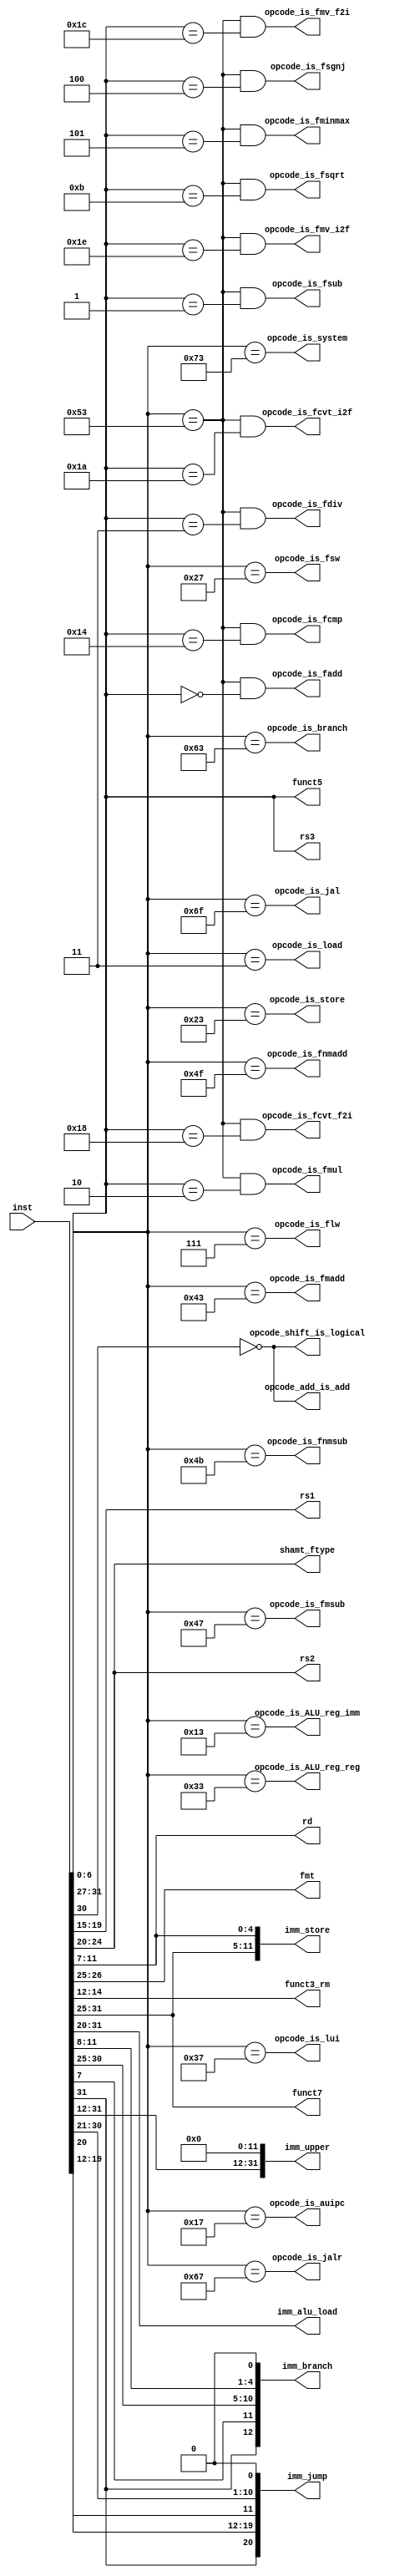
module RISCVDecode
    #(parameter INSN_WIDTH=32) 
(
    input wire [INSN_WIDTH-1:0] inst,

    output wire opcode_is_branch,
    output wire opcode_is_ALU_reg_imm,
    output wire opcode_add_is_add,
    output wire opcode_shift_is_logical,
    output wire opcode_is_ALU_reg_reg,
    output wire opcode_is_jal,
    output wire opcode_is_jalr,
    output wire opcode_is_lui,
    output wire opcode_is_auipc,
    output wire opcode_is_load,
    output wire opcode_is_store,
    output wire opcode_is_system,
    output wire opcode_is_fadd,
    output wire opcode_is_fsub,
    output wire opcode_is_fmul,
    output wire opcode_is_fdiv,
    output wire opcode_is_fsgnj,
    output wire opcode_is_fminmax,
    output wire opcode_is_fsqrt,
    output wire opcode_is_fcmp,
    output wire opcode_is_fcvt_f2i,
    output wire opcode_is_fmv_f2i,
    output wire opcode_is_fcvt_i2f,
    output wire opcode_is_fmv_i2f,
    output wire opcode_is_flw,
    output wire opcode_is_fsw,
    output wire opcode_is_fmadd,
    output wire opcode_is_fmsub,
    output wire opcode_is_fnmsub,
    output wire opcode_is_fnmadd,

    output wire [4:0] rs1,
    output wire [4:0] rs2,
    output wire [4:0] rs3,
    output wire [4:0] rd,
    output wire [1:0] fmt,
    output wire [2:0] funct3_rm,
    output wire [6:0] funct7,
    output wire [4:0] funct5,
    output wire [4:0] shamt_ftype,

    output wire signed [11:0] imm_alu_load,
    output wire signed [11:0] imm_store,
    output wire signed [12:0] imm_branch,
    output wire signed [31:0] imm_upper,
    output wire signed [20:0] imm_jump
);

    wire [6:0] opcode;
    wire [4:0] ffunct;

    assign opcode = {inst[6:2],inst[1:0]};
    assign ffunct = {inst[31:27]};

    assign opcode_is_branch = opcode == {5'h18,2'h3};
    assign opcode_is_jal = opcode == {5'h1b,2'h3};
    assign opcode_is_jalr = opcode == {5'h19,2'h3};
    assign opcode_is_lui = opcode == {5'h0d,2'h3};
    assign opcode_is_auipc = opcode == {5'h05,2'h3};
    assign opcode_is_ALU_reg_imm = opcode == {5'h04,2'h3};
    assign opcode_is_ALU_reg_reg = opcode == {5'h0c,2'h3};
    assign opcode_is_load = opcode == {5'h00,2'h3};
    assign opcode_is_store = opcode == {5'h08,2'h3};
    assign opcode_is_system = opcode == {5'h1c,2'h3};

    assign opcode_add_is_add = ~inst[30];
    assign opcode_shift_is_logical = ~inst[30];

    assign rs1 = inst[19:15];
    assign rs2 = inst[24:20];
    assign rs3 = inst[31:27];
    assign rd = inst[11:7];
    assign fmt = inst[26:25];
    assign funct3_rm = inst[14:12];
    assign funct7 = inst[31:25];
    assign funct5 = inst[31:27];
    assign shamt_ftype = inst[24:20];

    assign opcode_is_fadd = ((opcode == {5'h14,2'h3}) && (ffunct == {5'h0}));
    assign opcode_is_fsub = ((opcode == {5'h14,2'h3}) && (ffunct == {5'h1}));
    assign opcode_is_fmul = ((opcode == {5'h14,2'h3}) && (ffunct == {5'h2}));
    assign opcode_is_fdiv = ((opcode == {5'h14,2'h3}) && (ffunct == {5'h3}));
    assign opcode_is_fsgnj = ((opcode == {5'h14,2'h3}) && (ffunct == {5'h4}));
    assign opcode_is_fminmax = ((opcode == {5'h14,2'h3}) && (ffunct == {5'h5}));
    assign opcode_is_fsqrt = ((opcode == {5'h14,2'h3}) && (ffunct == {5'hb}));
    assign opcode_is_fcmp = ((opcode == {5'h14,2'h3}) && (ffunct == {5'h14}));
    assign opcode_is_fcvt_f2i = ((opcode == {5'h14,2'h3}) && (ffunct == {5'h18}));
    assign opcode_is_fmv_f2i = ((opcode == {5'h14,2'h3}) && (ffunct == {5'h1c}));
    assign opcode_is_fcvt_i2f = ((opcode == {5'h14,2'h3}) && (ffunct == {5'h1a}));
    assign opcode_is_fmv_i2f = ((opcode == {5'h14,2'h3}) && (ffunct == {5'h1e}));
    assign opcode_is_flw = opcode == {5'h01,2'h3};
    assign opcode_is_fsw = opcode == {5'h09,2'h3};
    assign opcode_is_fmadd = opcode == {5'h10,2'h3};
    assign opcode_is_fmsub = opcode == {5'h11,2'h3};
    assign opcode_is_fnmsub = opcode == {5'h12,2'h3};
    assign opcode_is_fnmadd = opcode == {5'h13,2'h3};

    assign imm_alu_load = inst[31:20];
    assign imm_store = {inst[31:25], inst[11:7]};
    assign imm_branch = {inst[31], inst[7], inst[30:25], inst[11:8], 1'b0};
    assign imm_upper = {inst[31:12], 12'b0};
    assign imm_jump = {inst[31], inst[19:12], inst[20], inst[30:21], 1'b0};

endmodule